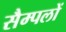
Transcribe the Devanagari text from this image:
सैम्पलों